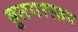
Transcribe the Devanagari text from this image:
बुतपरस्तम